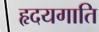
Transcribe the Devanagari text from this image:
हृदयगाति